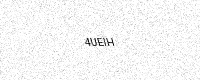
Text: 4UEIH